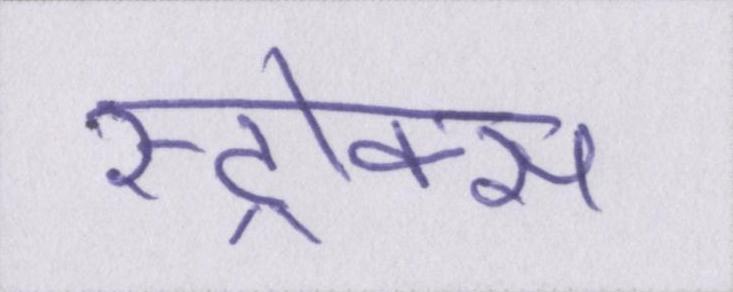
स्ट्रोक्स